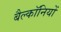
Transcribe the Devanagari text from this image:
बैल्कॉनियों